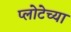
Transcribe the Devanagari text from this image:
प्लोटेच्या